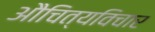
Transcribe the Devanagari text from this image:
औचित्यविचार